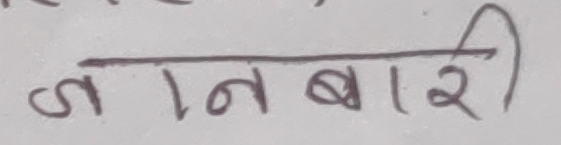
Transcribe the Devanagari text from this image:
जनबारी